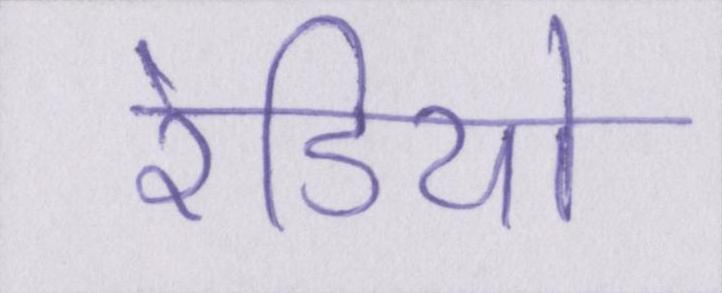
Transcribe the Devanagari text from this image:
रेडियो